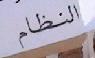
النظاام